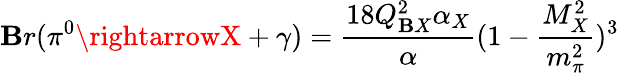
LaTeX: \mathbf{B}r(\pi^{0}\rightarrowX+\gamma)=\frac{{18Q_{\mathbf{B}X}^{2}\alpha_{X}}}{{\alpha}}(1-\frac{{M_{X}^{2}}}{{m_{\pi}^{2}}})^{3}